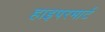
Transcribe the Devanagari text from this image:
हाइपरमार्ट